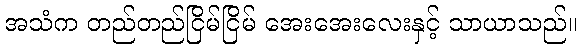
အသံက တည်တည်ငြိမ်ငြိမ် အေးအေးလေးနှင့် သာယာသည်။